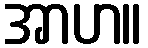
အာဟ။